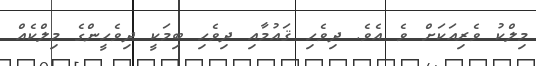
މިލްކު ވެރިއަކަށް ވެ އެވެ. ދިވެހި ޤައުމާއި ދިވެހި ބިމަކީ ދިވެހީންގެ މިލްކެއް